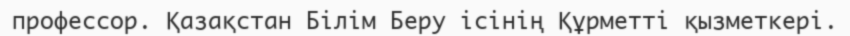
профессор. Қазақстан Білім Беру ісінің Құрметті қызметкері.